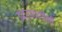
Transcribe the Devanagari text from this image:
इंद्रायणींनी